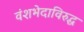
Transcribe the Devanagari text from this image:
वंशभेदाविरुद्ध